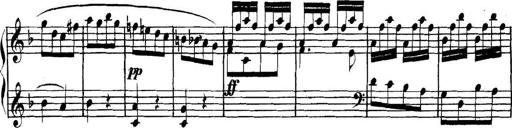
Title: Collected Piano Sonatas
Composer: Muzio Clementi